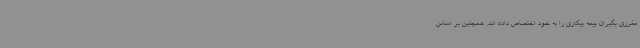
مقرری بگیران بیمه بیکاری را به خود اختصاص داده اند. همچنین بر اساس